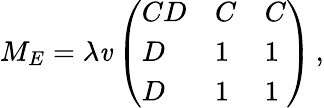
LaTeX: M_{E}=\lambda\mathit{v}\left(\begin{array}{lll}{{CD}}&{{C}}&{{C}}\\ {{D}}&{{1}}&{{1}}\\ {{D}}&{{1}}&{{1}}\end{array}\right)\, ,